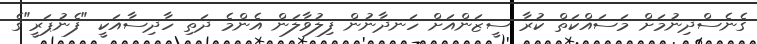
ގެނެސްދިނުމަށް މަސައްކަތް ކުރާ ސީޒަންއަށް ހަނދާނުން ފިލުވާލަން އެންމެ ދަތި ހާދިސާއަކީ "ފެނުޕަރީ"ގެ